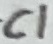
Text: C1